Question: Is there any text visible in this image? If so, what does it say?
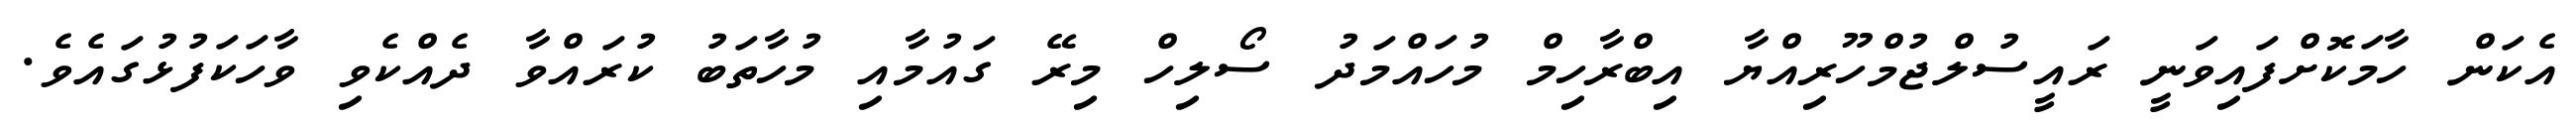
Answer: އެކަން ހާމަކޮށްފައިވަނީ ރައީސުލްޖުމްހޫރިއްޔާ އިބްރާހިމް މުހައްމަދު ސޯލިހް މިރޭ ގައުމާއި މުހާތަބު ކުރައްވާ ދެއްކެވި ވާހަކަފުޅުގައެވެ.